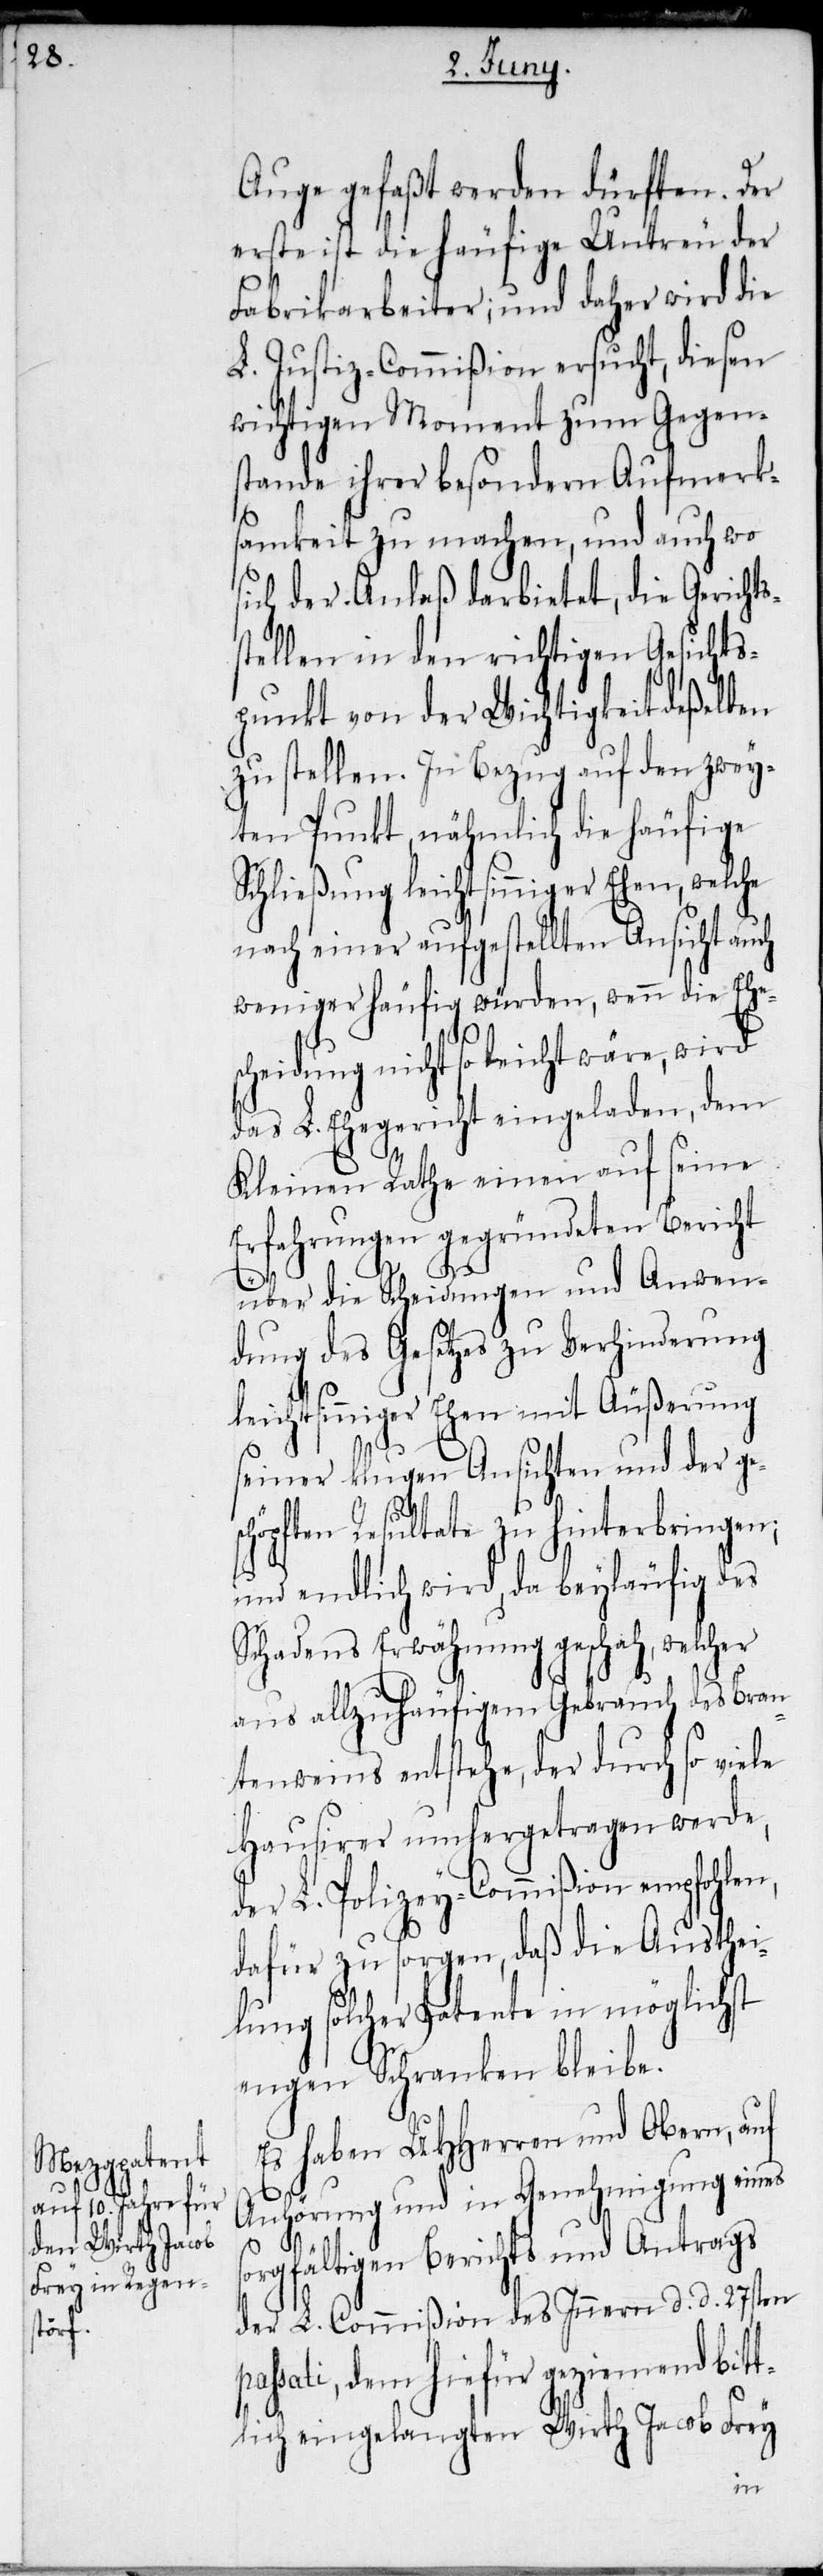
Auge gefaßt werden dürften. Der
erste ist die häufige Untreu der
Fabrikarbeiter; und daher wird die
L. Justiz-Commißion ersucht, diesen
wichtigen Moment zum Gegens¬
tande ihrer besondern Aufmerk¬
samkeit zu machen, und auch wo
sich der Anlaß darbietet, die Gericht¬
stellen in den richtigen Gesichts¬
punkt von der Wichtigkeit deßelben
zu stellen. In Bezug auf den zwey¬
ten Punkt, nähmlich die häufige
Schließung leichtsinniger Ehen,
nach einer aufgestellten Ansicht auch
weniger häufig würden, wenn die Ehe¬
scheidung nicht so leicht wäre, wird
das L. Ehegericht eingeladen, dem
s¬
Kleinen Rathe einen auf seine
Erfahrungen gegründeten Bericht
pas¬
über die Scheidungen und Anwen¬
dung des Gesetzes zu Verhinderung
leichtsinniger Ehen mit Äußerung
seiner klugen Ansichten und der ges¬
chöpften Resultate zu hinterbringen;
und endlich wird, da beyläufig des
Schadens Erwähnung geschah, welcher
aus allzuhäufigem Gebrauch des Bran¬
tenweins entstehe, der durch so viele
Hausirer umhergetragen werde,
der L. Polizey-Commißion empfohlen,
dafür zu sorgen, daß die Austhei¬
lung solcher Patente in möglichst
engen Schranken bleibe.
Es haben UHHerren und Obern, auf
Anhörung und in Genehmigung eines
orgfältigen Berichts und Antrags
der L. Commißion des Innern d. d. 27sten
sati, dem hiefür geziemend bit¬
tlich eingelangten Wirth Jacob Frey